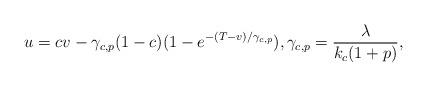
LaTeX: \begin{align*}u=cv-\gamma_{c,p}(1-c)(1-e^{-(T-v)/\gamma_{c,p}}), \gamma_{c,p}=\frac{\lambda}{k_c (1+p)},\end{align*}